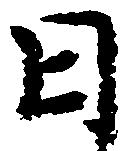
日